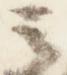
之